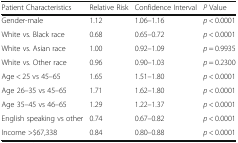
| Patient Characteristics | Relative Risk | Confidence Interval | P Value |
 | --- | --- | --- | --- |
 | Gender-male | 1.12 | 1.06–1.16 | p < 0.0001 |
 | White vs. Black race | 0.68 | 0.65–0.72 | p < 0.0001 |
 | White vs. Asian race | 1.00 | 0.92–1.09 | p = 0.9935 |
 | White vs. Other race | 0.96 | 0.90–1.03 | p = 0.2300 |
 | Age < 25 vs 45–65 | 1.65 | 1.51–1.80 | p < 0.0001 |
 | Age 26–35 vs 45–65 | 1.71 | 1.62–1.80 | p < 0.0001 |
 | Age 35–45 vs 46–65 | 1.29 | 1.22–1.37 | p < 0.0001 |
 | English speaking vs other | 0.74 | 0.67–0.82 | p < 0.0001 |
 | Income >$67,338 | 0.84 | 0.80–0.88 | p < 0.0001 |